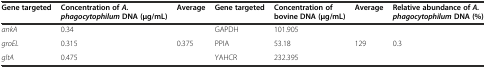
| Gene targeted | Concentration ofA. phagocytophilumDNA (μg/mL) | Average | Gene targeted | Concentration of bovine DNA (μg/mL) | Average | Relative abundance ofA. phagocytophilumDNA (%) |
 | --- | --- | --- | --- | --- | --- | --- |
 | ankA | 0.34 |  | GAPDH | 101.905 |  |  |
 | groEL | 0.315 | 0.375 | PPIA | 53.18 | 129 | 0.3 |
 | gltA | 0.475 |  | YAHCR | 232.395 |  |  |